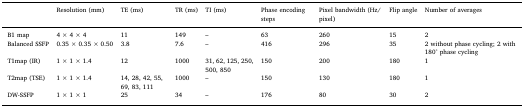
<table><thead><tr><td></td><td><b>Resolution (mm)</b></td><td><b>TE (ms)</b></td><td><b>TR (ms)</b></td><td><b>TI (ms)</b></td><td><b>Phase encoding steps</b></td><td><b>Pixel bandwidth (Hz/pixel)</b></td><td><b>Flip angle</b></td><td><b>Number of averages</b></td></tr></thead><tbody><tr><td>B1 map</td><td>4 × 4 × 4</td><td>11</td><td>149</td><td>–</td><td>63</td><td>260</td><td>15</td><td>2</td></tr><tr><td>Balanced SSFP</td><td>0.35 × 0.35 × 0.50</td><td>3.8</td><td>7.6</td><td>–</td><td>416</td><td>296</td><td>35</td><td>2 without phase cycling; 2 with 180° phase cycling</td></tr><tr><td>T1map (IR)</td><td>1 × 1 × 1.4</td><td>12</td><td>1000</td><td>31, 62, 125, 250, 500, 850</td><td>150</td><td>200</td><td>180</td><td>1</td></tr><tr><td>T2map (TSE)</td><td>1 × 1 × 1.4</td><td>14, 28, 42, 55, 69, 83, 111</td><td>1000</td><td>–</td><td>150</td><td>130</td><td>180</td><td>1</td></tr><tr><td>DW-SSFP</td><td>1 × 1 × 1</td><td>25</td><td>34</td><td>–</td><td>176</td><td>80</td><td>30</td><td>2</td></tr></tbody></table>